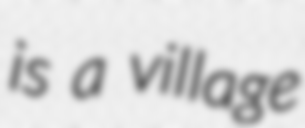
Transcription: is a village